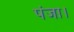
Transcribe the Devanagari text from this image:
पंजा।